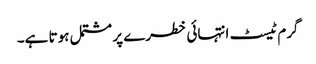
گرم ٹیسٹ انتہائی خطرے پر مشتمل ہوتا ہے۔